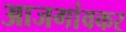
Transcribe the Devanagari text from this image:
आजगांवकर